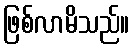
ဖြစ်လာမိသည်။